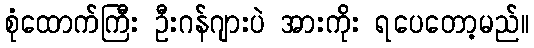
စုံထောက်ကြီး ဦးဂန်ဂျားပဲ အားကိုး ရပေတော့မည်။